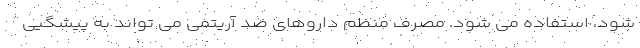
شود، استفاده می شود. مصرف منظم داروهای ضد آریتمی می تواند به پیشگیی